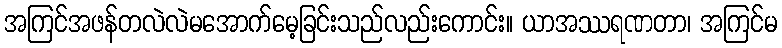
အကြင်အဖန်တလဲလဲမအောက်မေ့ခြင်းသည်လည်းကောင်း။ ယာအဿရဏတာ၊ အကြင်မ